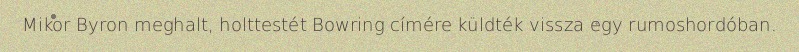
Mikor Byron meghalt, holttestét Bowring címére küldték vissza egy rumoshordóban.